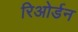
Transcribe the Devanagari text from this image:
रिओर्डन